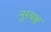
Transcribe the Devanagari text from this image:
नुरबक्ष